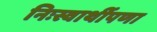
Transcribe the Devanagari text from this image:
निःस्वार्थीपणा